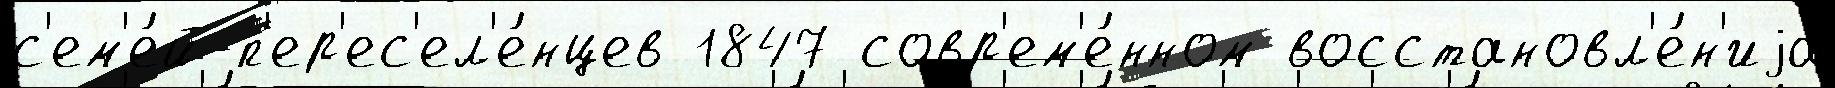
с'ем'е́й-п'ер'ес'ел'е́нцев 1847 совр'ем'е́нном восстановл'е́н'иjа